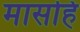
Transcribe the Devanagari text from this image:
मासहि